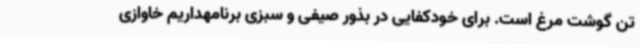
تن گوشت مرغ است. برای خودکفایی در بذور صیفی و سبزی برنامهداریم خاوازی